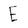
Character: E